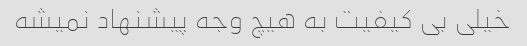
خیلی بی کیفیت به هیچ وجه پیشنهاد نمیشه